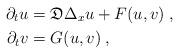
LaTeX: \begin{align*}\partial_t u &= \mathfrak{D} \Delta_x u + F(u,v)\;, \\\partial_t v &= G(u,v)\;, \end{align*}